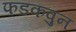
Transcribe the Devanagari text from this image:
फडकवुन